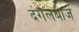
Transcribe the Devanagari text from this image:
दंगलबाज